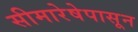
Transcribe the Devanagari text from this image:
सीमारेषेपासून